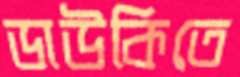
ডাউকিতে